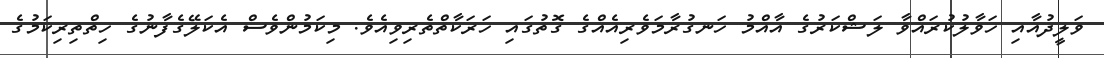
ވަލީދުއާއި ހަވާލުކުރައްވާ ލަޝްކަރުގެ އާއްމު ހަނގުރާމަވެރިއެއްގެ ގޮތުގައި ހަރަކާތްތެރިވިއެވެ. މިކަމުންވެސް އެކަލޭގެފާނުގެ ހިތްތިރިކަމުގެ